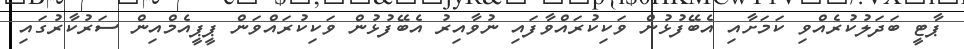
ޕާޓީ ބަދަލުކުރެއްވި ކަމަށާއި އެބޭފުޅުން ވަކިކުރައްވާފައި ނުވާއިރު އެބޭފުޅުން ވަކިކުރައްވަން ޕީޕީއެމްއިން ސަރުކާރުގައި